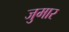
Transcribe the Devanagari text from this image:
जुमार